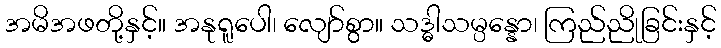
အမိအဖတို့နှင့်။ အနုရူပေါ၊ လျော်စွာ။ သဒ္ဓါသမ္ပန္နော၊ ကြည်ညိုခြင်းနှင့်